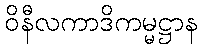
ဝိနီလကာဒိကမ္မဋ္ဌာန